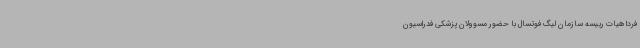
فردا هیات رییسه سازمان لیگ فوتسال با حضور مسوولان پزشکی فدراسیون